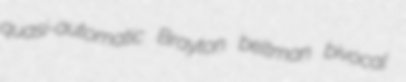
quasi-automatic Brayton beltman bivocal